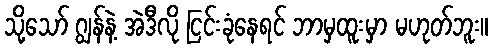
သို့သော် ဂျွန်နဲ့ အဲဒီလို ငြင်းခုံနေရင် ဘာမှထူးမှာ မဟုတ်ဘူး။